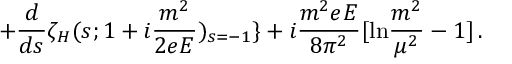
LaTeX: \nonumber + \frac { d } { d s } \zeta _ { H } ( s ; 1 + i \frac { m ^ { 2 } } { 2 e E } ) _ { s = - 1 } \} + i \frac { m ^ { 2 } e E } { 8 \pi ^ { 2 } } [ \mathrm { l n } \frac { m ^ { 2 } } { \mu ^ { 2 } } - 1 ] \, .